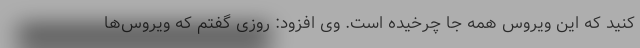
کنید که این ویروس همه جا چرخیده است. وی افزود: روزی گفتم که ویروس‌‌ها